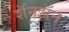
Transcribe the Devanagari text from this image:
शॅनझॅन